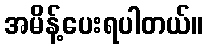
အမိန့်ပေးရပါတယ်။